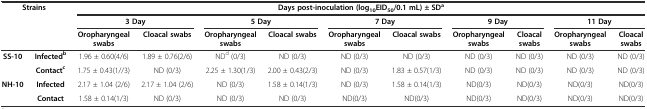
| <ROWSPAN=3-COLSPAN=2> Strains | <COLSPAN=10> Days post-inoculation (log10EID50/0.1 mL) ± SDa |
 | <COLSPAN=2> 3 Day | <COLSPAN=2> 5 Day | <COLSPAN=2> 7 Day | <COLSPAN=2> 9 Day | <COLSPAN=2> 11 Day |
 | Oropharyngeal swabs | Cloacal swabs | Oropharyngeal swabs | Cloacal swabs | Oropharyngeal swabs | Cloacal swabs | Oropharyngeal swabs | Cloacal swabs | Oropharyngeal swabs | Cloacal swabs |
 | --- | --- | --- | --- | --- | --- | --- | --- | --- | --- | --- | --- |
 | <ROWSPAN=2> SS-10 | Infectedb | 1.96 ± 0.60(4/6) | 1.89 ± 0.76(2/6) | NDd (0/3) | ND (0/3) | ND (0/3) | ND (0/3) | ND (0/3) | ND (0/3) | ND (0/3) | ND (0/3) |
 | Contactc | 1.75 ± 0.43(1//3) | ND (0/3) | 2.25 ± 1.30(1/3) | 2.00 ± 0.43(2/3) | ND (0/3) | 1.83 ± 0.57(1/3) | ND (0/3) | ND (0/3) | ND (0/3) | ND (0/3) |
 | <ROWSPAN=2> NH-10 | Infected | 2.17 ± 1.04 (2/6) | 2.17 ± 1.04 (2/6) | ND (0/3) | 1.58 ± 0.14(1/3) | ND (0/3) | 1.58 ± 0.14(1/3) | ND(0/3) | ND(0/3) | ND(0/3) | ND(0/3) |
 | Contact | 1.58 ± 0.14(1/3) | ND (0/3) | ND (0/3) | ND (0/3) | ND(0/3) | ND(0/3) | ND(0/3) | ND(0/3) | ND(0/3) | ND(0/3) |